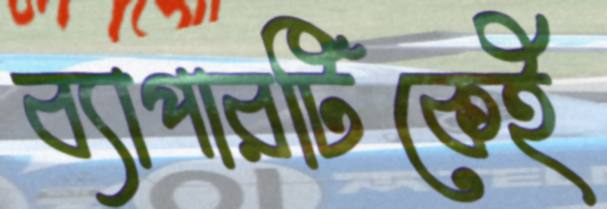
ব্যাপারটিকেই